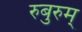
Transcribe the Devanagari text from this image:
रुबुरुम्